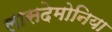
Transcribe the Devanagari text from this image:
लासदेमोनिया